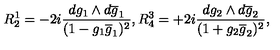
R _ { 2 } ^ { 1 } = - 2 i \frac { d g _ { 1 } \wedge d \overline { { g } } _ { 1 } } { ( 1 - g _ { 1 } \overline { { g } } _ { 1 } ) ^ { 2 } } , R _ { 4 } ^ { 3 } = + 2 i \frac { d g _ { 2 } \wedge d \overline { { g } } _ { 2 } } { ( 1 + g _ { 2 } \overline { { g } } _ { 2 } ) ^ { 2 } } ,